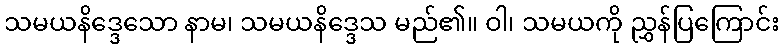
သမယနိဒ္ဒေသော နာမ၊ သမယနိဒ္ဒေသ မည်၏။ ဝါ၊ သမယကို ညွှန်ပြကြောင်း